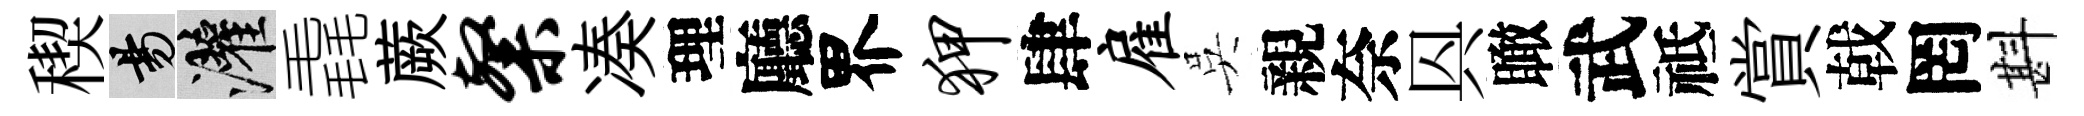
稧昜灌毳蕨粲凑理廳界狎肆雇吳親奈㒷瞰武祗賞戟罔斟